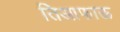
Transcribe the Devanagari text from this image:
तिआफाऊ